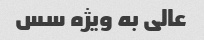
عالی به ویژه سس